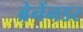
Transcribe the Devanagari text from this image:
ब्रेनेंनडर